Bombay plague: being a history of the progress of plague in the Bombay presidency from September 1896 to June 1899
Year: 1896
Disease focus: Plague
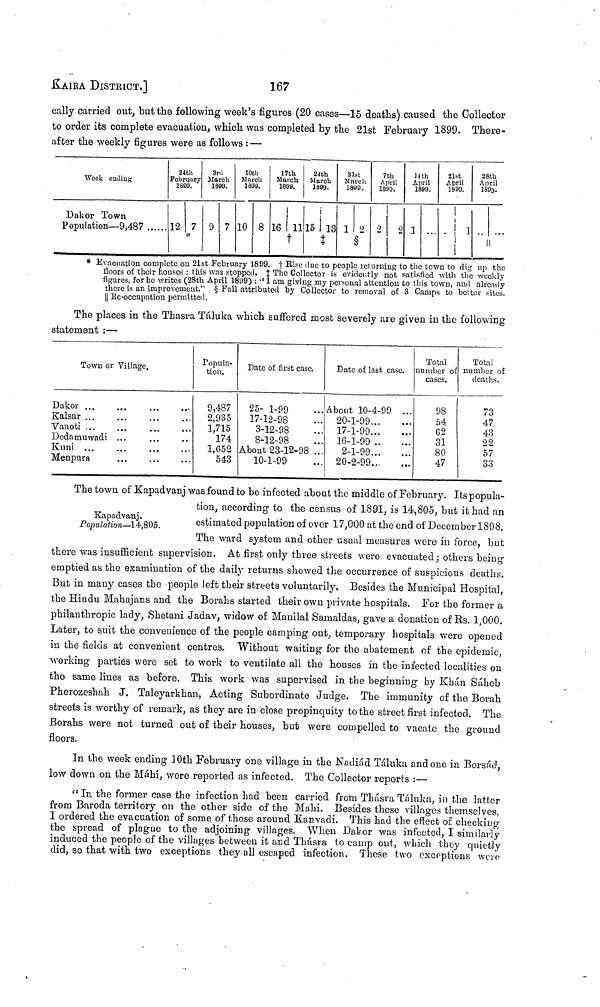
kaira DISTRICT.]
167
cally carried out, but the following week's figures (20 cases—15 deaths) caused the Collector
to order its complete evacuation, which was completed by the 21st February 1899. There-
after the weekly figures were as follows : —
Week ending
Dak or Town
Population— 9,487
24th
February
1899.
12 7
3rd
March
1899.
9 7
10th
March
1899.
10 8
17th
March
1899.
16 11
24th
March
1899.
15 13
‡
31st
March
1899.
1 9
7th
April
1890.
2
2
14th
April
1899.
1 ...
21st
April
1899.
•
1
28th
April
1899.
* Evacuation complete on 21st February 1899. †Rise due to people reluming to the town to dig up the
floors of their houses : this was stopped. ‡ The Collector is evidently not satisfied with the weekly
figures, for he writes (28th April 1899) : " I am giving my personal attention to this town, and already
there is an improvement." § Fall attributed by Collector to removal of 3 Camps to better sites.
|| Re-occupation permitted.
The places in the Thasra Táluka which suffered most severely are given in the following
statement :—
Town or Village.
D alcor ...
Kaisar ...
Vanoti ...
Dcdamuwadi
Kuni ...
Menpura
...
...
...
...
..
...
Popula-
tion.
9,487
2,935
1,715
174
1,652
543
Date of first case.
25- 1-99
17-12-98
3-12-98
8-12-98
About 23-12-98
10-1-99
.....
...
...
...
Date of last case.
About 10-4-99
20-1-99...
17-1-99...
16-1-99 ..
2-1-99...
20-2-99...
··...
...
...
...
...
Total
number of
cases.
98
54
62
31
80
47
Total
number of
deaths.
73
47
43
22
57
33
Kapadvanj.
Population—14,805.
The town of Kapadvanj was found to be infected about the middle of February. Its popula-
tion, according to the census of 1891, is 14,805, but it had an
estimated population of over 17,000 at the end of December 1898.
The ward system and other usual measures were in force, but
there was insufficient supervision. At first only three streets were evacuated ; others being
emptied as the examination of the daily returns showed the occurrence of suspicious deaths.
But in many cases the people left their streets voluntarily. Besides the Municipal Hospital,
the Hindu Mahajans and the Borahs started their own private hospitals. For the former a
philanthropic lady, Shetani Jadav, widow of Manilal Samaldas, gave a donation of Rs. 1.000.
Later, to suit the convenience of the people camping out, temporary hospitals were opened
in the fields at convenient centres. Without waiting for the abatement of the epidemic,
working parties were set to work to ventilate all the houses in the infected localities on
the same lines as before. This work was supervised in the beginning by Khun Saheb
Pherozeshah J. Taleyarkhan, Acting Subordinate Judge. The immunity of the Borah
streets is worthy of remark, as they are in close propinquity to the street first infected. The
Borahs were not turned out of their houses, but were compelled to vacate the ground
floors.
In the week ending 10th February one village in the Nadiád Táluka and one in Bolsád,
low down on the Máhi, were reported as infected. The Collector reports :—
" In. the former case the infection had been carried from Thásra Táluka, in the latter
from Baroda territory on the other side of the Main. Besides these villages themselves,
I ordered the evacuation of some of those around Kanvadi. This had the effect of checking
the spread of plague to the adjoining villages. When Dakor was infected, I similarly
induced the people of the villages between it and Thásra to camp out, which they quietly
did, so that with two exceptions they all escaped infection. These two exceptions were